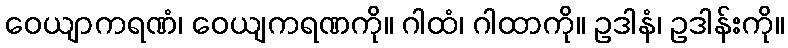
ဝေယျာကရဏံ၊ ဝေယျကရဏကို။ ဂါထံ၊ ဂါထာကို။ ဥဒါနံ၊ ဥဒါန်းကို။